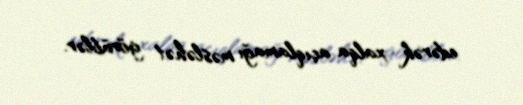
edərək xalqa açıqlamağı məsləhət görüblər.